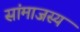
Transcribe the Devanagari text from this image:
सांमाजस्य